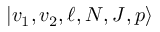
\lvert v _ { 1 } , v _ { 2 } , \ell , N , J , p \rangle